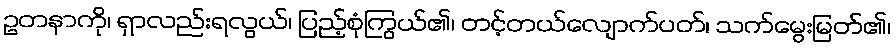
ဥတနာကို၊ ရှာလည်းရလွယ်၊ ပြည့်စုံကြွယ်၏၊ တင့်တယ်လျောက်ပတ်၊ သက်မွေးမြတ်၏၊